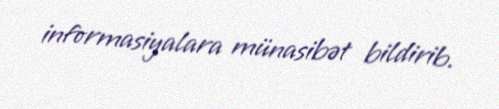
informasiyalara münasibət bildirib.